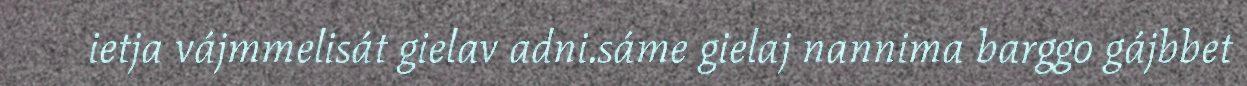
ietja vájmmelisát gielav adni.sáme gielaj nannima barggo gájbbet